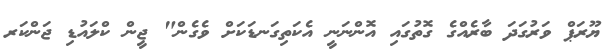
ޔޫރަޕް ވަރުގަދަ ބާރެއްގެ ގޮތުގައި އޮންނަނީ އެކަތިގަނޑަކަށް ވެގެން" ޖީން ކްލައުޑި ޖަންކަރ